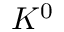
K ^ { 0 }